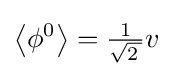
\left\langle \phi ^{0}\right\rangle ={\tfrac {1}{\sqrt {2\,}}}v